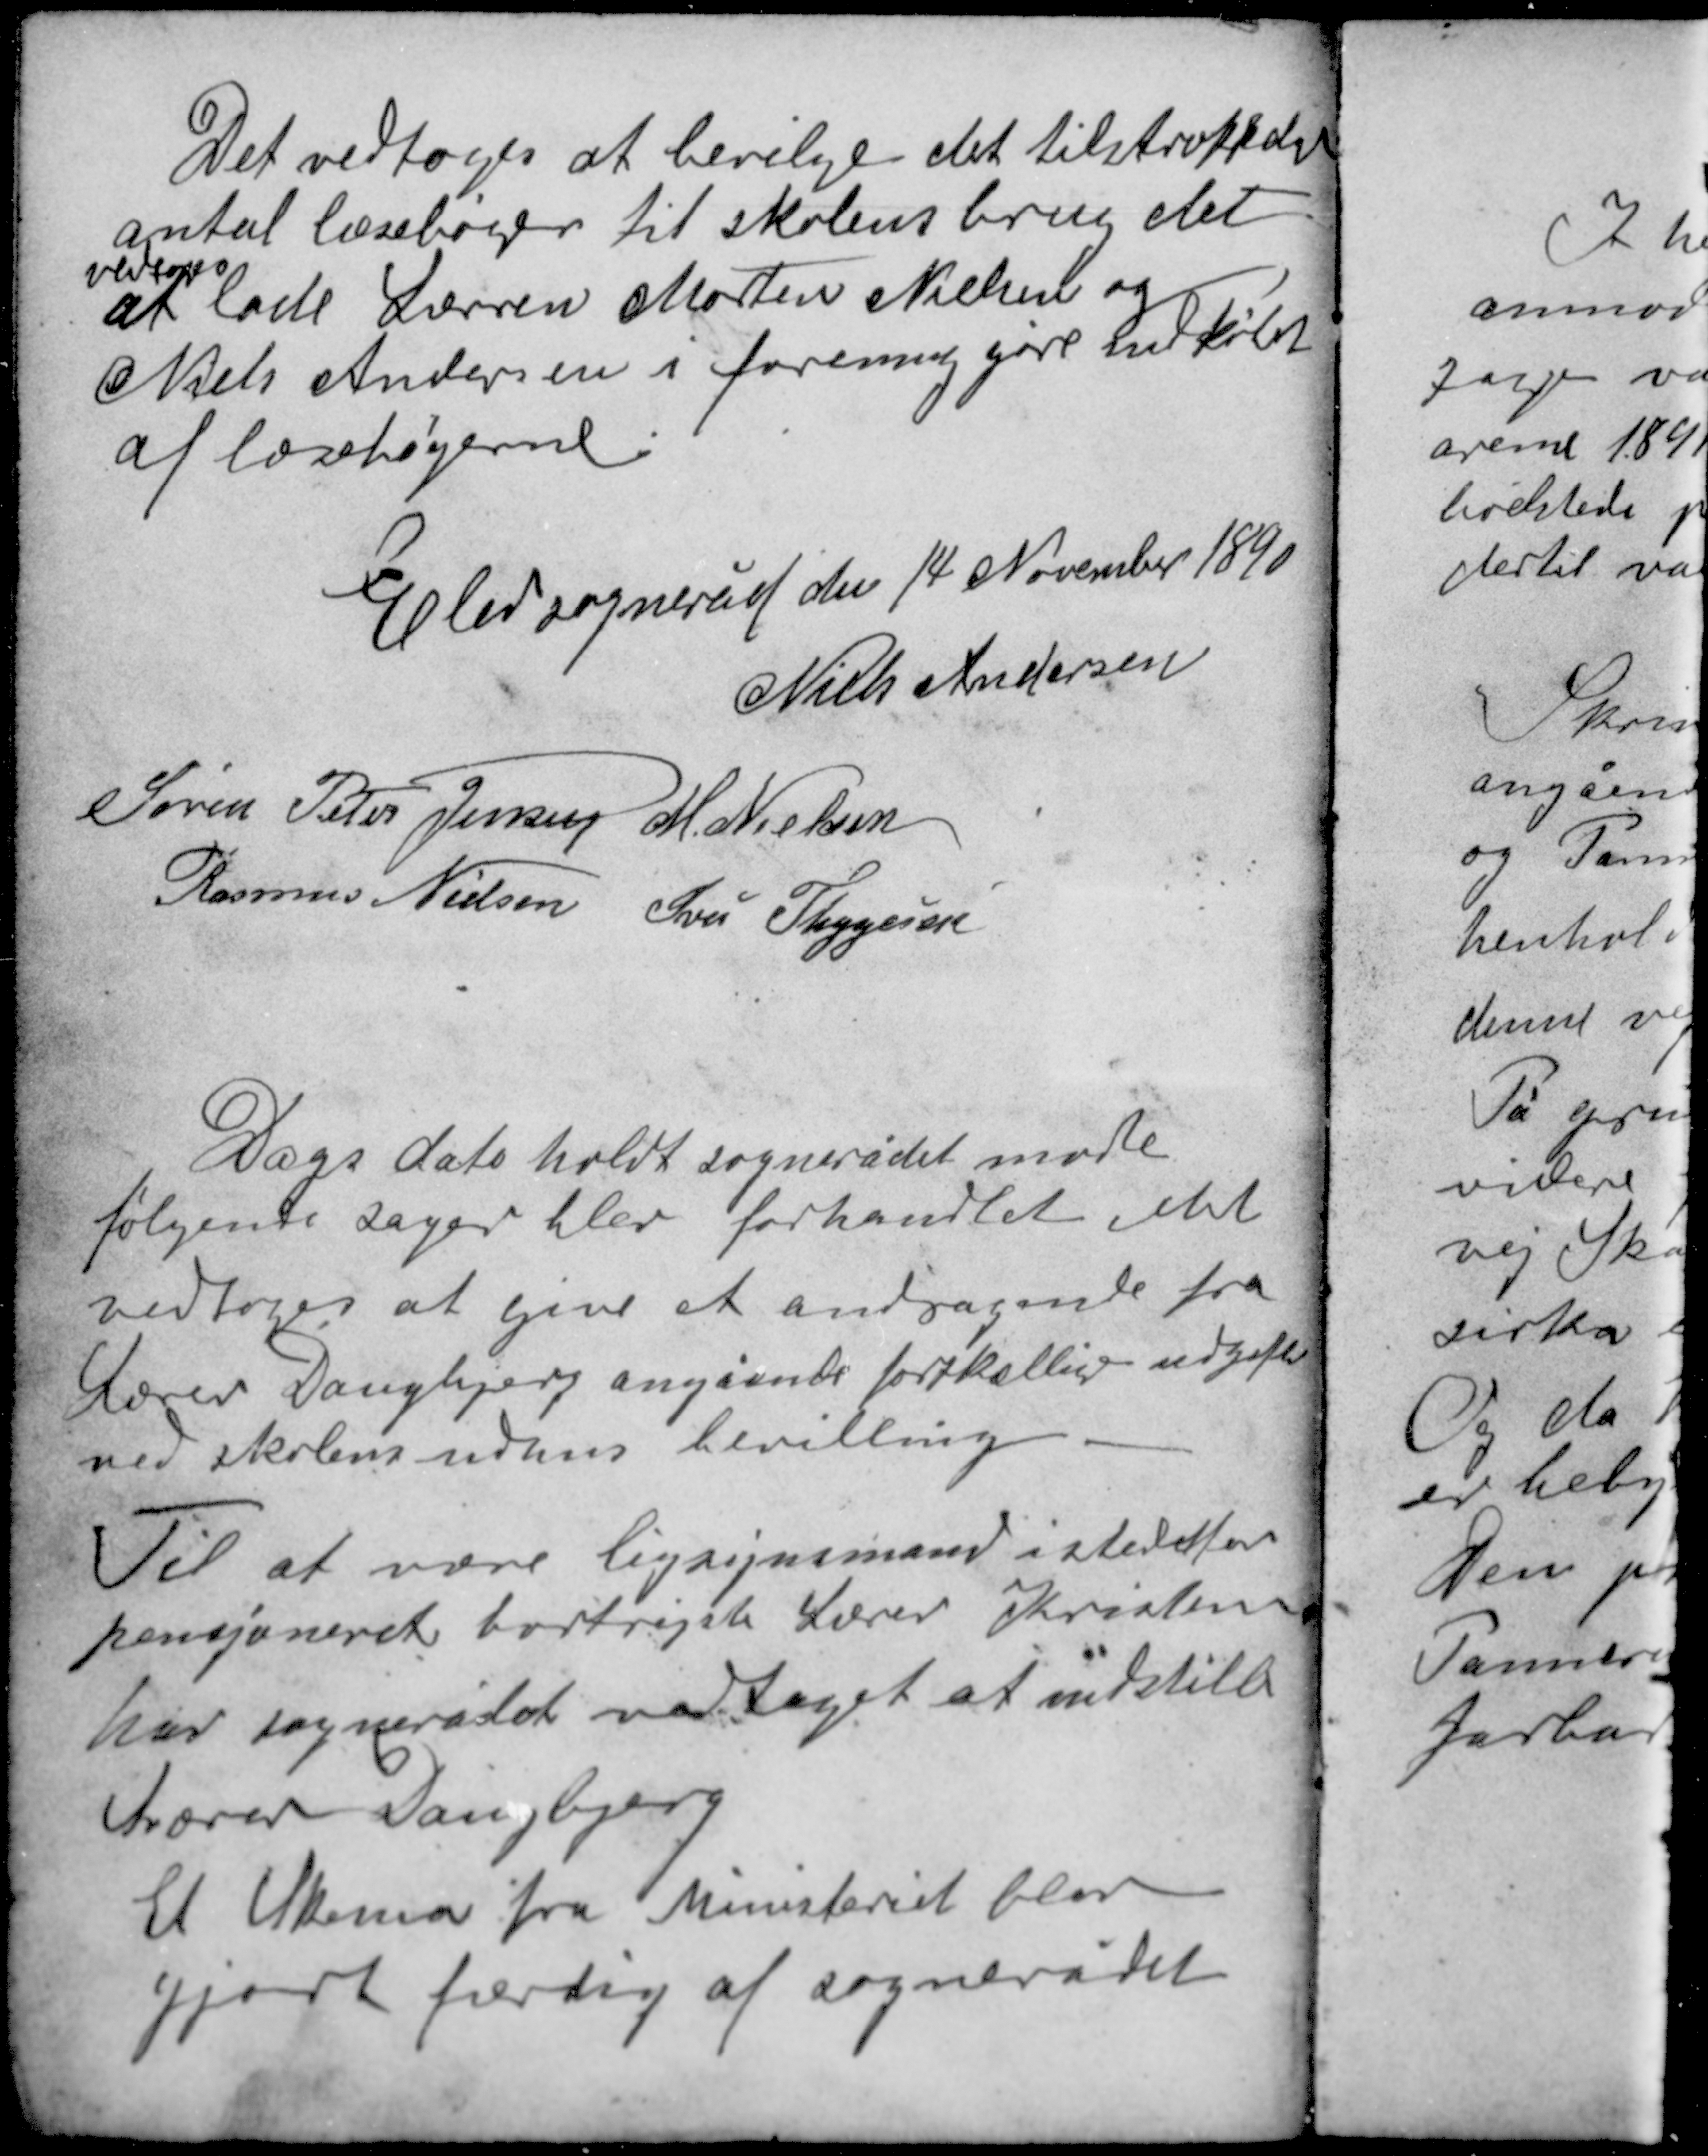
Transskription:
Det vedtoges at bevilge det tilstrækkelige
antal læsebøger til skolens brug det
vedtoges
at lade Lærren Morten Nielsen og
Niels Andersen i forening gøre indkøb
af læsebøgerne

Elev sogneråd den 14 November 1890
Niels Andersen
Søren Peter Jensen M. Nielsen
Rasmus Nielsen Iver Thygesen

Dags dato holdt sognerådet møde
følgende sager blev forhandlet det
vedtoges at give et andragende fra
Lærer Daugbjerg angående forskellige udgifter
ved skolens udhus bevilling.

Til at være ligsynsmand i stedet for
pensjonerede bortrejste Lærer Kristensen
har sognerådet vedtaget at indstille
Lærer Daugbjerg
Et Skema fra Ministeriet blev
gjort færdig af sognerådet